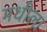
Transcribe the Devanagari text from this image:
मधीला